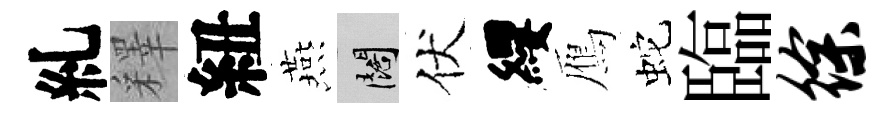
糺釋紐燕闊伏纓鴈蛇臨徐